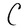
Character: C